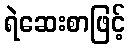
ရဲဆေးစာဖြင့်